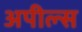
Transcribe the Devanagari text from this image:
अपील्‍स